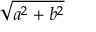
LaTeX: \sqrt { a ^ { 2 } + b ^ { 2 } }